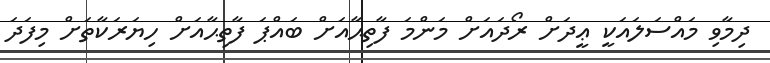
ދިމާވި މައްސަލައަކީ ޢީދަށް ރޯދައަށް މަންމަ ފާތިޙާއަށް ބައްޕަ ފާތިޙާއަށް ހިޔަރަކާތަށް މިފަދަ